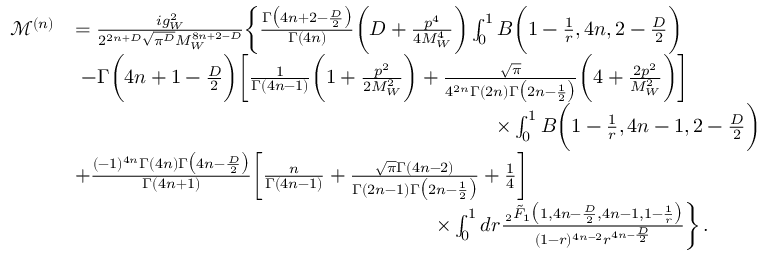
\begin{array} { r l } { \mathcal { M } ^ { ( n ) } } & { = \frac { i g _ { W } ^ { 2 } } { 2 ^ { 2 n + D } \sqrt { \pi ^ { D } } M _ { W } ^ { 8 n + 2 - D } } \bigg \{ \frac { \Gamma \big ( 4 n + 2 - \frac { D } { 2 } \big ) } { \Gamma ( 4 n ) } \bigg ( D + \frac { p ^ { 4 } } { 4 M _ { W } ^ { 4 } } \bigg ) \int _ { 0 } ^ { 1 } B \bigg ( 1 - \frac { 1 } { r } , 4 n , 2 - \frac { D } { 2 } \bigg ) } \\ & { \, \, - \Gamma \bigg ( 4 n + 1 - \frac { D } { 2 } \bigg ) \bigg [ \frac { 1 } { \Gamma ( 4 n - 1 ) } \bigg ( 1 + \frac { p ^ { 2 } } { 2 M _ { W } ^ { 2 } } \bigg ) + \frac { \sqrt { \pi } } { 4 ^ { 2 n } \Gamma ( 2 n ) \Gamma \big ( 2 n - \frac { 1 } { 2 } \big ) } \bigg ( 4 + \frac { 2 p ^ { 2 } } { M _ { W } ^ { 2 } } \bigg ) \bigg ] } \\ & { \quad \quad \quad \quad \quad \quad \quad \quad \quad \quad \quad \quad \quad \quad \quad \quad \quad \quad \quad \quad \quad \times \int _ { 0 } ^ { 1 } B \bigg ( 1 - \frac { 1 } { r } , 4 n - 1 , 2 - \frac { D } { 2 } \bigg ) } \\ & { + \frac { ( - 1 ) ^ { 4 n } \Gamma ( 4 n ) \Gamma \big ( 4 n - \frac { D } { 2 } \big ) } { \Gamma ( 4 n + 1 ) } \bigg [ \frac { n } { \Gamma ( 4 n - 1 ) } + \frac { \sqrt { \pi } \Gamma ( 4 n - 2 ) } { \Gamma ( 2 n - 1 ) \Gamma \big ( 2 n - \frac { 1 } { 2 } \big ) } + \frac { 1 } { 4 } \bigg ] } \\ & { \quad \quad \quad \quad \quad \quad \quad \quad \quad \quad \quad \quad \quad \quad \quad \quad \quad \quad \times \int _ { 0 } ^ { 1 } d r \frac { \, _ { 2 } \tilde { F } _ { 1 } \big ( 1 , 4 n - \frac { D } { 2 } , 4 n - 1 , 1 - \frac { 1 } { r } \big ) } { ( 1 - r ) ^ { 4 n - 2 } r ^ { 4 n - \frac { D } { 2 } } } \bigg \} \, . } \end{array}